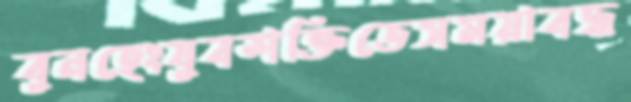
বুনহেংযুবশক্তিতেসময়াবদ্ধ